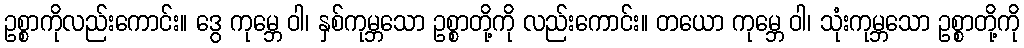
ဥစ္စာကိုလည်းကောင်း။ ဒွေ ကုမ္ဘေ ဝါ၊ နှစ်ကုမ္ဘသော ဥစ္စာတို့ကို လည်းကောင်း။ တယော ကုမ္ဘေ ဝါ၊ သုံးကုမ္ဘသော ဥစ္စာတို့ကို